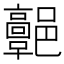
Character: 𩫩